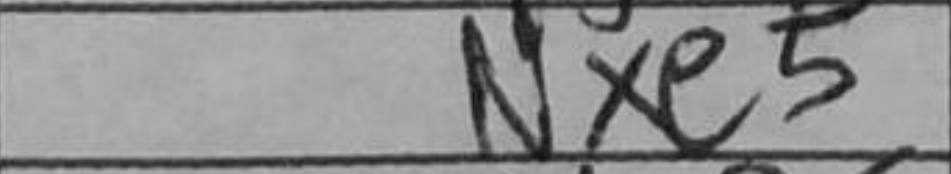
Transcription: Nxe5